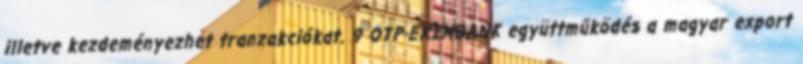
illetve kezdeményezhet tranzakciókat. 9 OTP-EXIMBANK együttműködés a magyar export